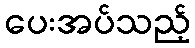
ပေးအပ်သည့်